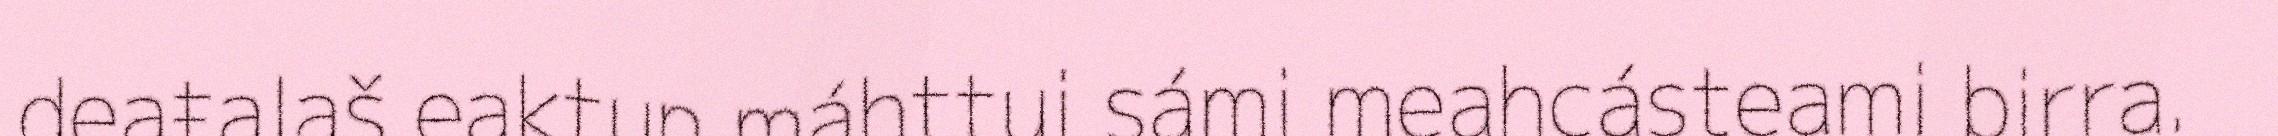
deaŧalaš eaktun máhttui sámi meahcásteami birra.